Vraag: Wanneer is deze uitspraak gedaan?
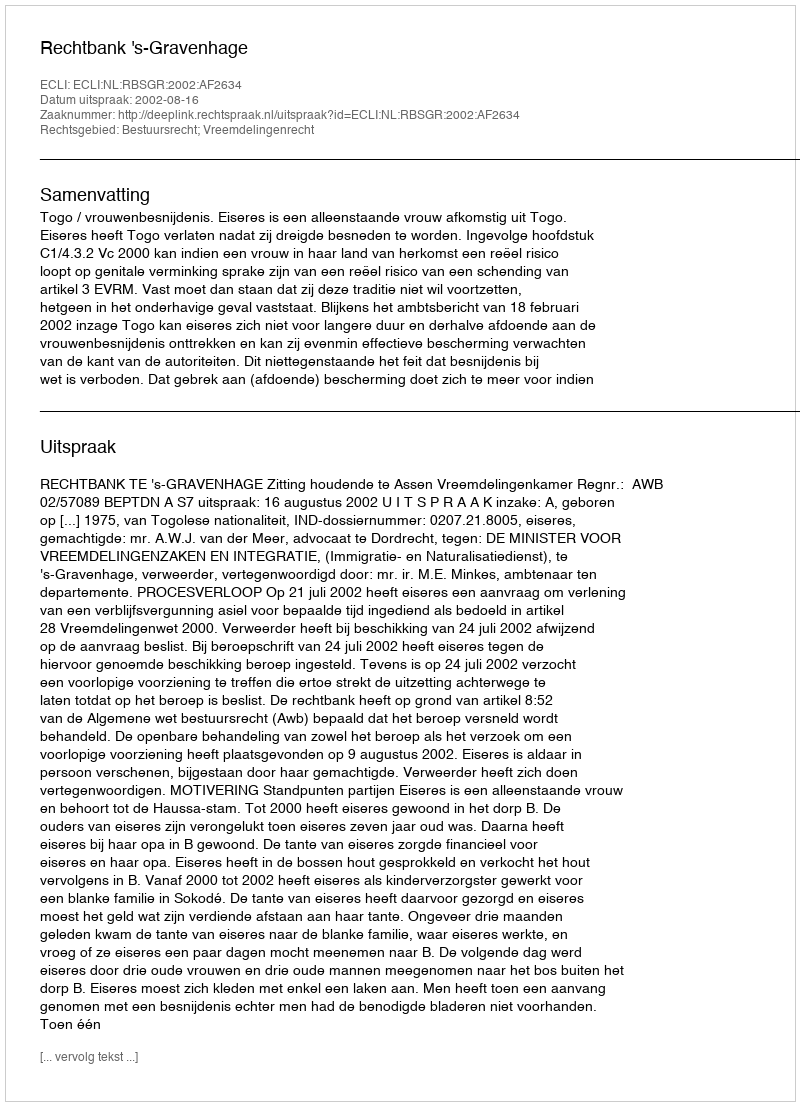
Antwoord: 2002-08-16